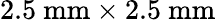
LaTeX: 2.5~\textrm{mm}\times 2.5~\textrm{mm}